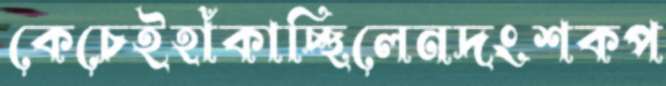
কেচেইহাঁকাচ্ছিলেনদংশকপ